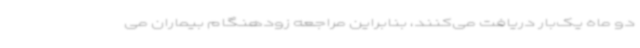
دو ماه یک‌بار دریافت می‌کنند، بنابراین مراجعه زودهنگام بیماران می